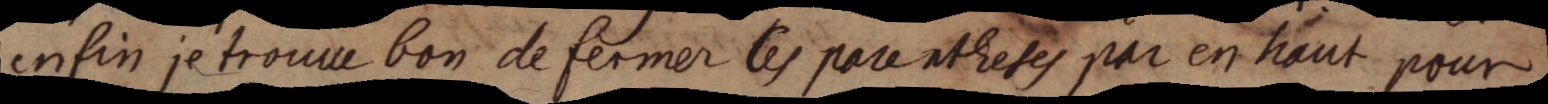
enfin je trouve bon de fermer les parentheses par en haut pour